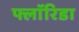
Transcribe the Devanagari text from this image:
फ्लाॅरिडा